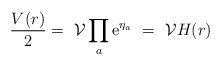
\begin{align*}\frac{V(r)}{2} =\ \mathcal{V}\prod_a \mbox{e}^{\eta_a}\ =\ \mathcal{V}H(r)\end{align*}